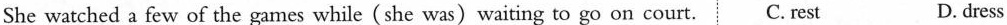
She watched a few of the games while(she was)waiting to go on court.C. rest D.dress